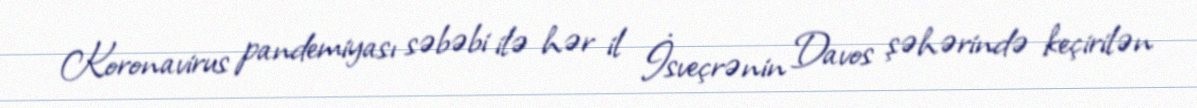
Koronavirus pandemiyası səbəbi ilə hər il İsveçrənin Davos şəhərində keçirilən